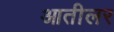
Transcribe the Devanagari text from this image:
आतीलर